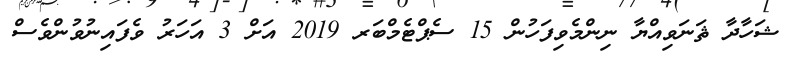
ޝަހާދާ ޘަނަވިއްޔާ ނިންމެވިފަހުން 15 ސެޕްޓެމްބަރ 2019 އަށް 3 އަހަރު ވެފައިނުވުންވެސް